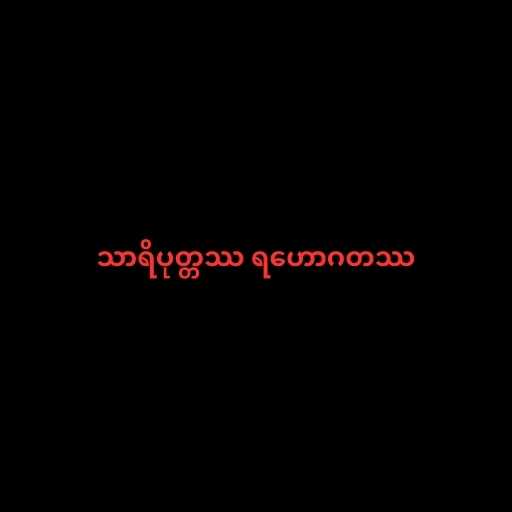
သာရိပုတ္တဿ ရဟောဂတဿ